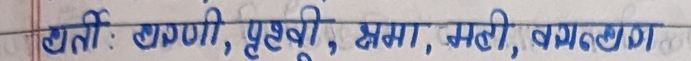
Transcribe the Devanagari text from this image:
मतीः वाणी, पृथ्वी, क्षमा, मही, वातावरण